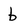
Character: b